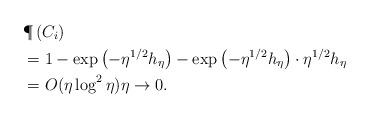
LaTeX: \begin{align*}& \P\left( {C}_i\right) \\& = 1-\exp\left(-\eta^{1/2} h_{\eta}\right)-\exp\left(-\eta^{1/2} h_{\eta}\right)\cdot\eta^{1/2} h_{\eta} \\& =O(\eta \log^2 \eta) \eta \to 0.\end{align*}